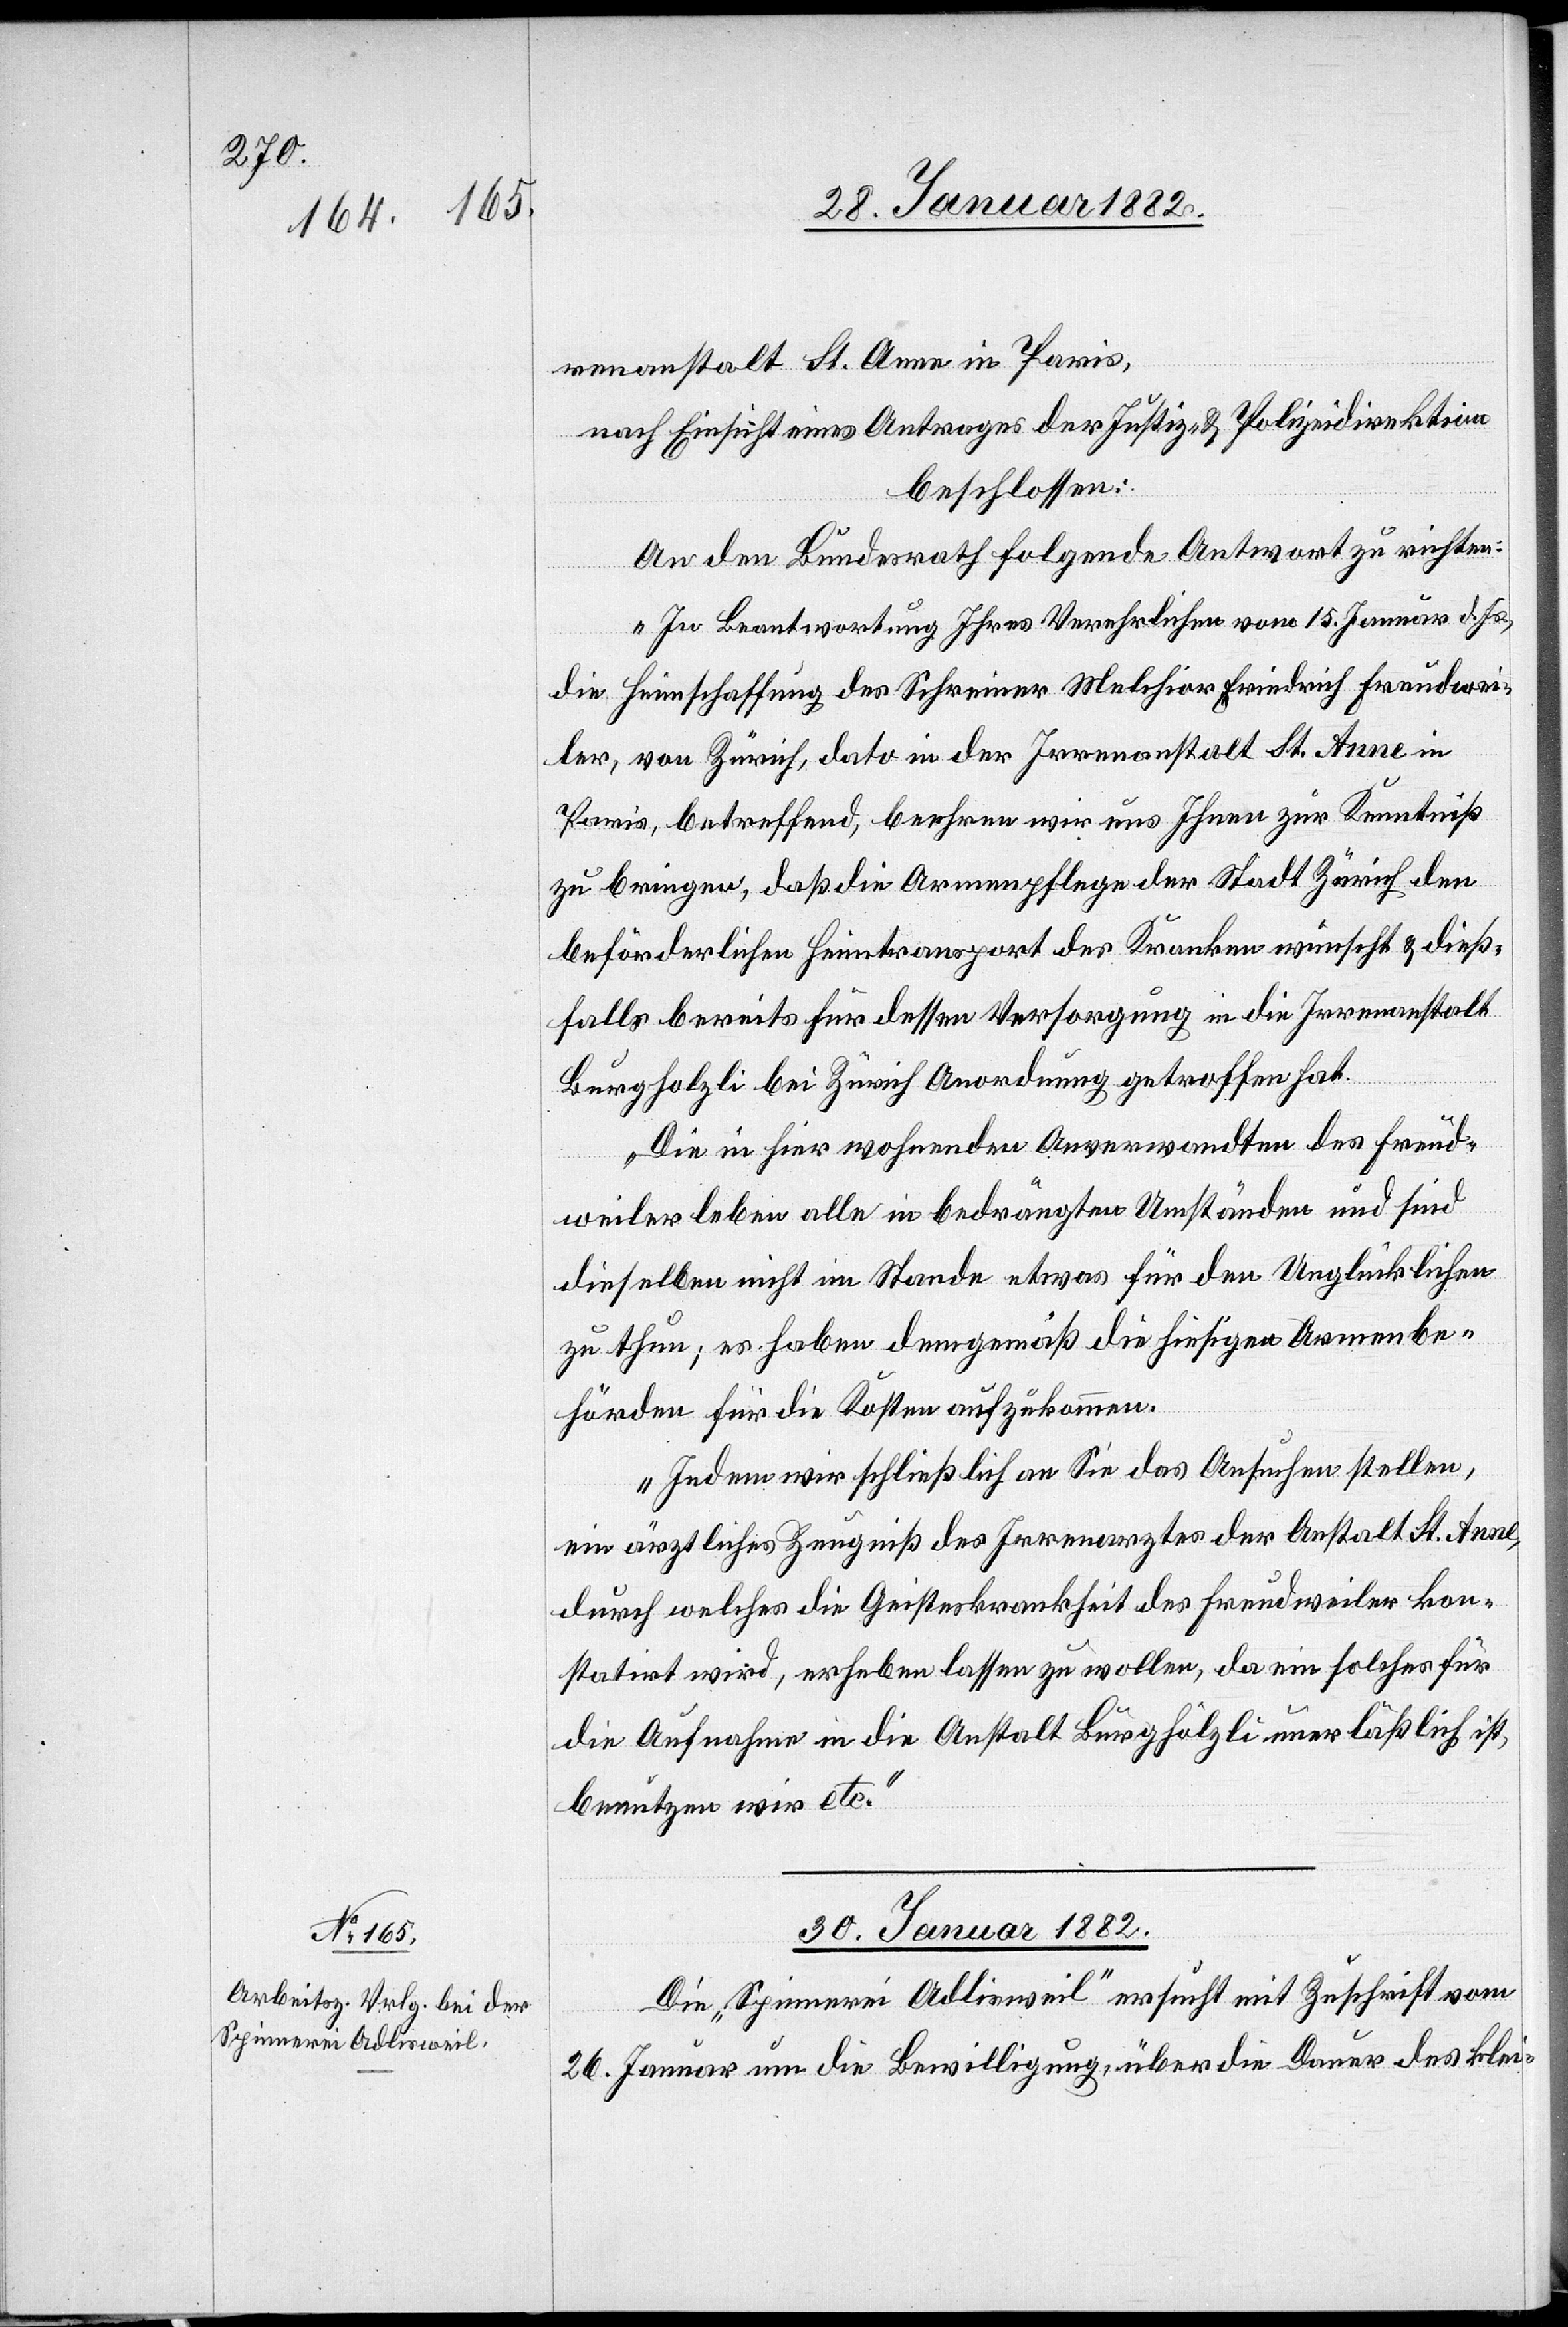
renanstalt St. Anne in Paris,
nach Einsicht eines Antrages der Justiz- & Polizeidirektion,
beschlossen:
An den Bundesrath folgende Antwort zu richten:
„In Beantwortung Ihres Verehrlichen vom 15. Januar d. Js.,
die Heimschaffung des Schreiner Melchior Friedrich Freudwei¬
ler, von Zürich, dato in der Irrenanstalt St. Anne in
Paris, betreffend, beehren wir uns Ihnen zur Kenntniß
zu bringen, daß die Armenpflege der Stadt Zürich den
beförderlichen Heimtransport des Kranken wünscht & dieß¬
falls bereits für dessen Versorgung in die Irrenanstalt
Burghölzli bei Zürich Anordnung getroffen hat.
Die in hier wohnenden Anverwandten des Freud¬
weiler leben alle in bedrängten Umständen und sind
dieselben nicht im Stande etwas für den Unglücklichen
zu thun, es haben demgemäß die hiesigen Armenbe¬
hörden für die Kosten aufzukommen.
Indem wir schließlich an Sie das Ansuchen stellen,
ein ärztliches Zeugniß des Irrenarztes der Anstalt St. Anne,
durch welches die Geisteskrankheit des Freudweiler kon¬
statirt wird, erheben lassen zu wollen, da ein solches für
die Aufnahme in die Anstalt Burghölzli unerläßlich ist,
benutzen wir etc.“
30. Januar 1882
Die „Spinnerei Adlisweil“ ersucht mit Zuschrift vom
26. Januar um die Bewilligung, über die Dauer des klei-